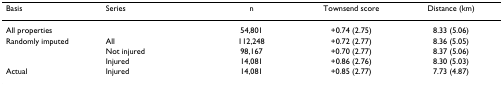
<table><thead><tr><td><b>Basis</b></td><td><b>Series</b></td><td><b>n</b></td><td><b>Townsend score</b></td><td><b>Distance (km)</b></td></tr></thead><tbody><tr><td>All properties</td><td></td><td>54,801</td><td>+0.74 (2.75)</td><td>8.33 (5.06)</td></tr><tr><td>Randomly imputed</td><td>All</td><td>112,248</td><td>+0.72 (2.77)</td><td>8.36 (5.05)</td></tr><tr><td></td><td>Not injured</td><td>98,167</td><td>+0.70 (2.77)</td><td>8.37 (5.06)</td></tr><tr><td></td><td>Injured</td><td>14,081</td><td>+0.86 (2.76)</td><td>8.30 (5.03)</td></tr><tr><td>Actual</td><td>Injured</td><td>14,081</td><td>+0.85 (2.77)</td><td>7.73 (4.87)</td></tr></tbody></table>